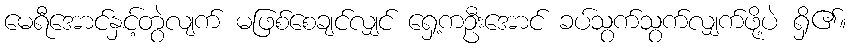
မေရီအောင်နှင့်တွဲလျက် မဖြစ်စေချင်လျှင် ရှေ့ကဦးအောင် ခပ်သွက်သွက်လျှက်ဖို့ပဲ ရှိ၏။